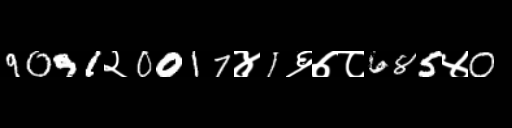
Text: 9091२0017४1६७८685४0